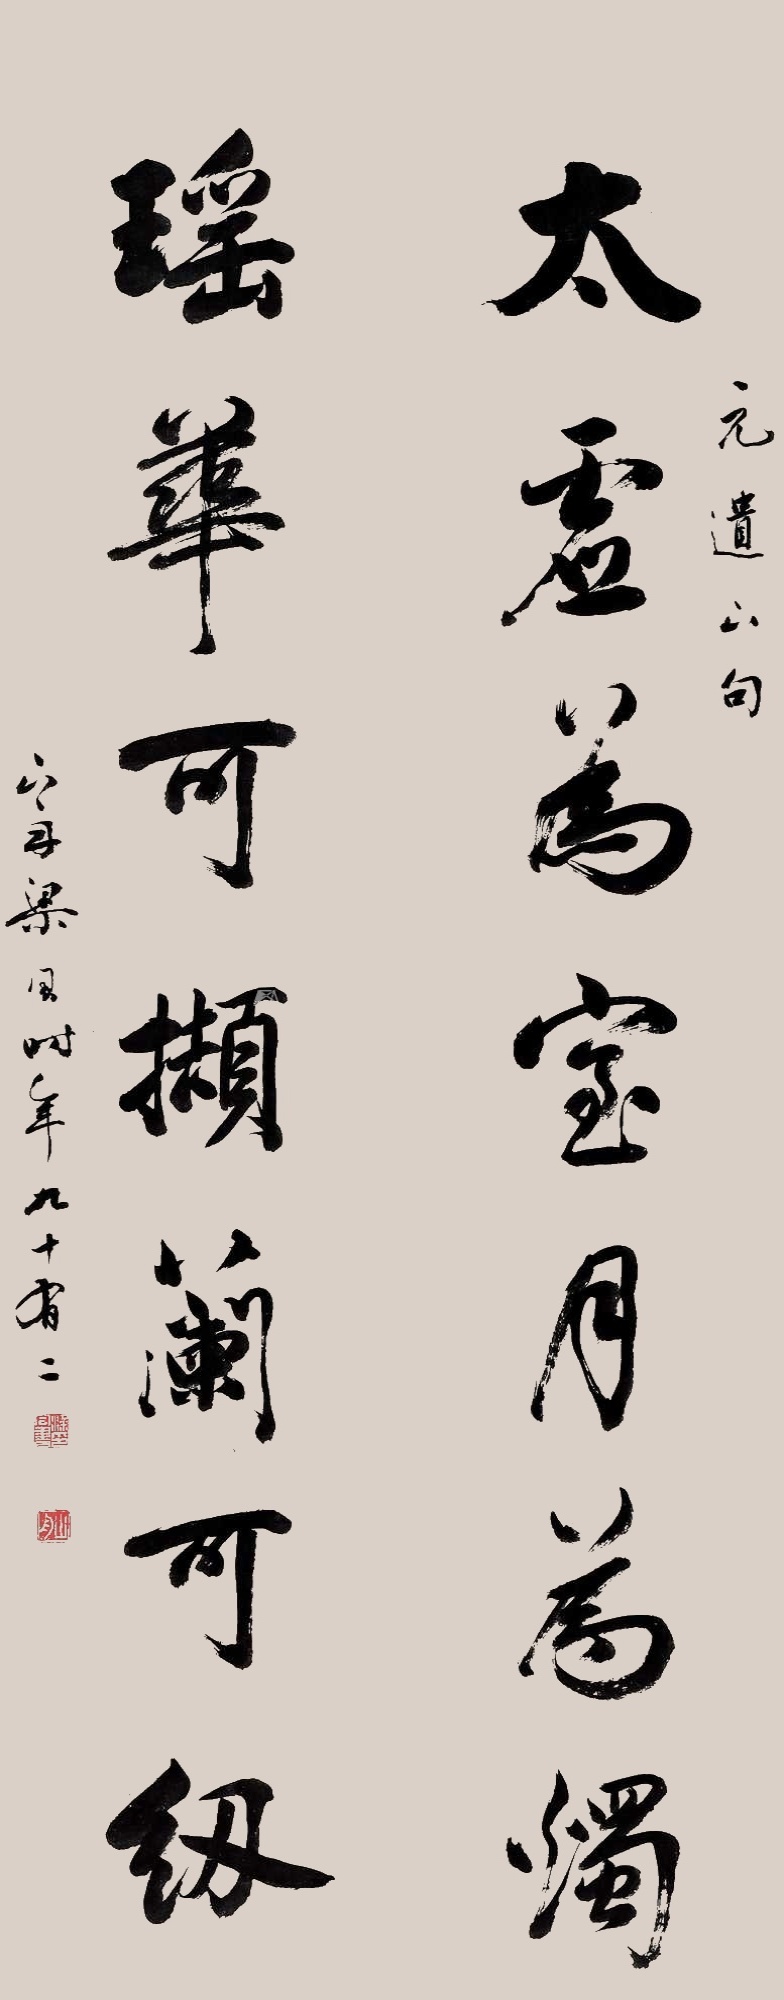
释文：太虚为室月为烛，瑶华可撷兰可纫。元遗公句。山舟梁同书时年九十有二。